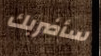
سأضربك